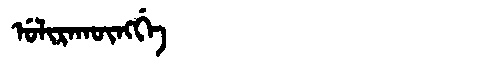
Manchu: ᡠᠯᡳᡵᠠᡴᡡᠩᡤᡝ
Romanization: ULIRAKŪNGGE